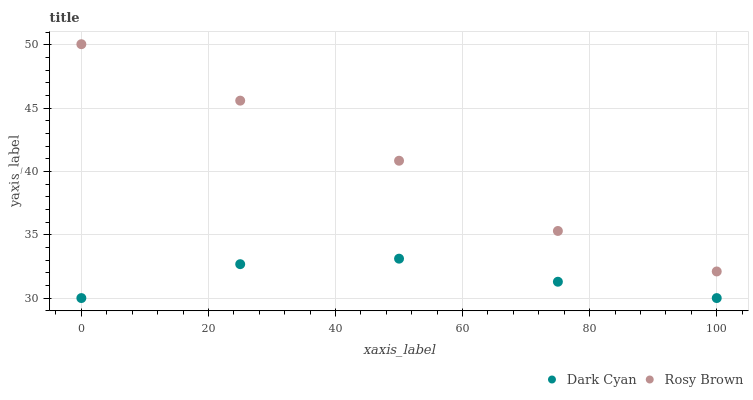
| xaxis_label | Dark Cyan | Rosy Brown |
 | --- | --- | --- |
 | 0 | 30 | 50.1 |
 | 25 | 32.7 | 45.6 |
 | 50 | 33.1 | 40.8 |
 | 75 | 31.3 | 35.3 |
 | 100 | 30 | 32.1 |